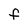
Character: f